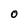
Character: o